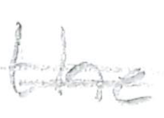
Text: the
Cross-out: double-line
Writing tool: pencil